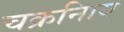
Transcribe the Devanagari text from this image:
चक्रनािय